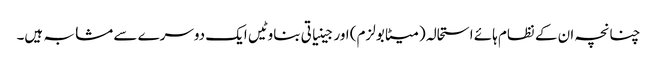
چنانچہ ان کے نظام ہائے استحالہ (میٹابولزم) اور جینیاتی بناوٹیں ایک دوسرے سے مشابہ ہیں۔